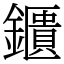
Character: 鑎